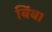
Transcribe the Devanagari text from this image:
बिंब।